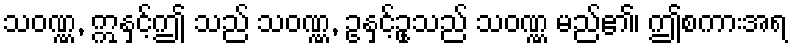
သဝဏ္ဏ, ဣနှင့်ဤ သည် သဝဏ္ဏ, ဥနှင့်ဥုသည် သဝဏ္ဏ မည်၏၊ ဤစကားအရ